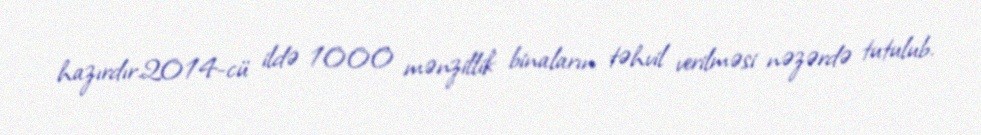
hazırdır.2014-cü ildə 1000 mənzillik binaların təhvil verilməsi nəzərdə tutulub.